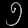
Digit: ၅